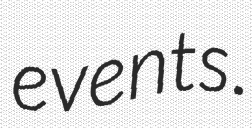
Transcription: events.